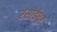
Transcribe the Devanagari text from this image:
रसोईधर